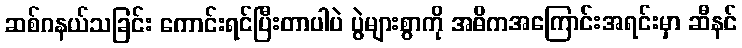
ဆစ်ဂနယ်သခြင်း ကောင်းရင်ပြီးတာပါပဲ ပွဲများစွာကို အဓိကအကြောင်းအရင်းမှာ ဆီနင်